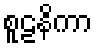
စူဠနိကာ